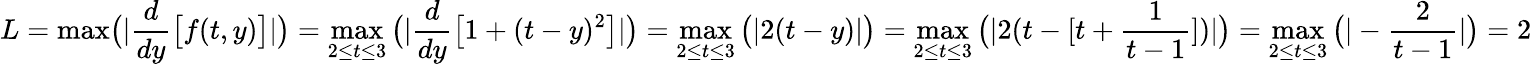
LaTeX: L={\mathrm{max}}{\bigl(}|{\frac{d}{dy}}{\bigl[}f(t,y){\bigr]}|{\bigr)}=\operatorname*{max}_{2\leq t\leq 3}{\bigl(}|{\frac{d}{dy}}{\bigl[}1+(t-y)^{2}{\bigr]}|{\bigr)}=\operatorname*{max}_{2\leq t\leq 3}{\bigl(}|2(t-y)|{\bigr)}=\operatorname*{max}_{2\leq t\leq 3}{\bigl(}|2(t-[t+{\frac{1}{t-1}}])|{\bigr)}=\operatorname*{max}_{2\leq t\leq 3}{\bigl(}|-{\frac{2}{t-1}}|{\bigr)}=2